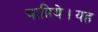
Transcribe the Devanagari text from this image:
चाहिये।यह